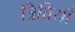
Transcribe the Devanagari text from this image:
त्रिवियाँ